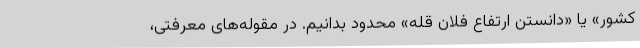
کشور» یا «دانستن ارتفاع فلان قله» محدود بدانیم. در مقوله‌های معرفتی،